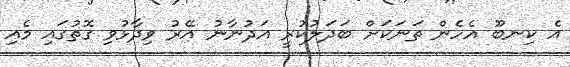
އެ ކިނބޫ އެހެން ތަނަކަށް ބަދަލުކުރީ އަދުނާނު އޭރު ވިދާޅުވި ގޮތުގައި މެއި